Vaccination in Bombay 1913-1923 - 1913-1923
Year: 1913
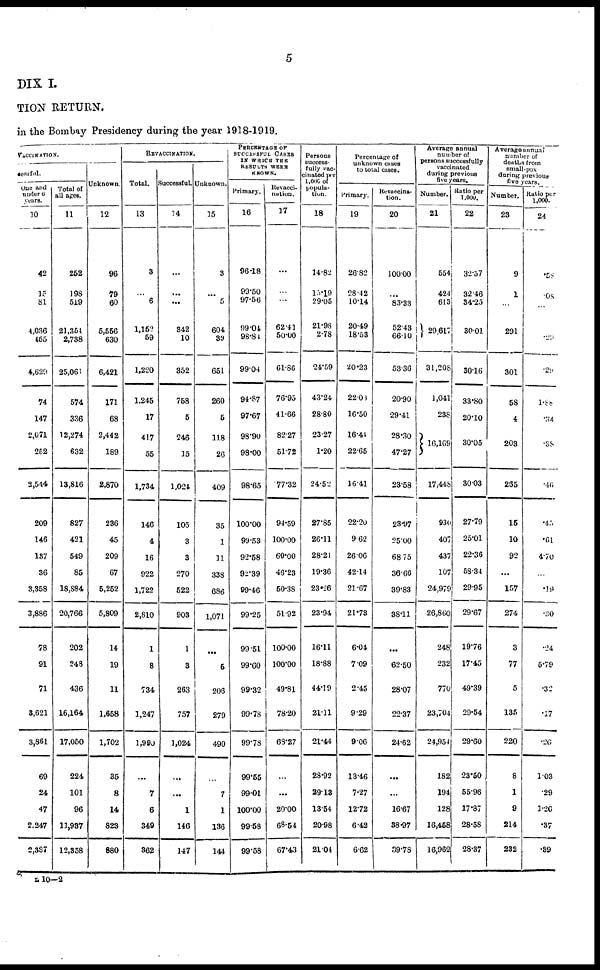
5
DIX I.
TION RETURN.
in the Bombay Presidency during the year 1918-1919.
VACCINATION.
cessful.
One and
under 6
years.
10
42
15
81
4,036
455
4,629
74
147
2,071
252
2,544
209
146
137
36
3,358
3,886
78
91
71
8,621
3,861
69
24
47
2,247
2,387
Total of
all ages.
11
252
198
519
21,354
2,738
25,061
574
336
12,274
632
13,816
827
421
549
85
18,884
20,766
202
248
436
16,164
17,050
224
101
96
11,987
12,358
Unknown.
12
96
79
60
5,556
630
6,421
171
68
2,442
189
2,870
236
45
209
67
5,252
5,809
14
19
11
1,658
1,702
35
8
14
823
880
REVACCINATION
Total.
13
3
...
6
1,162
59
1,220
1,245
17
417
55
1,734
146
4
16
922
1,722
2,810
1
8
734
1,247
1,990
...
7
6
349
362
Successful.
14
...
...
...
342
10
352
768
5
246
15
1,024
105
3
3
270
522
903
1
3
263
757
1,024
...
...
1
146
147
Unknown.
15
3
...
5
604
39
651
260
5
118
26
409
35
1
11
338
686
1,071
...
5
206
279
490
...
7
1
136
144
PERCENTAGE OF
SUCCESSFUL CASES
IN WHICH THE
RESULTS WERE
KNOWN.
Primary.
16
96.18
99.50
97.56
99.04
98.84
99.04
94.87
97.67
98.90
98.00
98.65
100.00
99.53
92.58
92.39
99.46
99.25
99.51
99.60
99.32
99.78
99.78
99.55
99.01
100.00
99.58
99.58
Revacci¬
nation.
17
...
...
...
62.41
50.00
61.86
76.95
41.66
82.27
51.72
77.32
94.59
100.00
60.00
46.23
50.38
51.92
100.00
100.00
49.81
78.20
68.27
...
...
20.00
68.54
67.43
Persons
success-
fully vac-
cinated per
1,000 of
popula-
tion.
18
14.82
15.19
29.05
21.98
2.78
24.59
43.24
28.80
23.27
1.20
24.52
27.85
26.11
28.24
19.36
23.26
23.94
16.11
18.88
44.19
21.11
21.44
28.92
29.18
13.54
20.98
21.04
Percentage of
unknown cases
to total cases.
Primary.
19
26.82
28.42
10.14
20.49
18.53
20.23
22.03
16.50
16.44
22.65
16.41
22.20
9.62
26.06
42.14
21.67
21.78
6.04
7.09
2.45
9.29
9.06
13.46
7.27
12.72
6.42
6.62
Revaccina-
tion.
20
100.00
...
83.33
5243
66.10
53.36
20.90
29.41
28.30
47.27
23.58
23.97
25.00
68.75
36.66
39.83
38.11
...
62.50
28.07
22.37
24.62
...
...
16.67
38.97
39.78
Average annual
number of
persons successfully
vaccinated
during previous
five years.
Number.
21
554
424
613
29,617
31,208
1,041
238
16,169
17,448
930
407
437
107
24,979
26,860
248
232
770
23,704
24,954
182
194
128
16,468
16,962
Ratio per
1,000.
22
32.57
32.46
34.25
30.01
30.16
33.80
20.10
30.05
30.03
27.79
25.01
22.36
58.34
29.95
29.67
19.76
17.45
49.39
29.54
29.60
23.50
55.96
17.87
28.58
28.37
Average annual
number of
deaths from
small-pox
during previous
five years.
Number.
1,000.
23
9
1
...
291
301
58
4
203
265
15
10
92
...
157
274
3
77
5
135
220
8
1
9
214
232
24
.58
.08
...
.29
.29
1.88
.34
.38
.46
.45
.61
4.70
...
.19
.30
.24
5.79
.32
.17
.26
1.03
.29
1.26
.37
.39
L 10—2